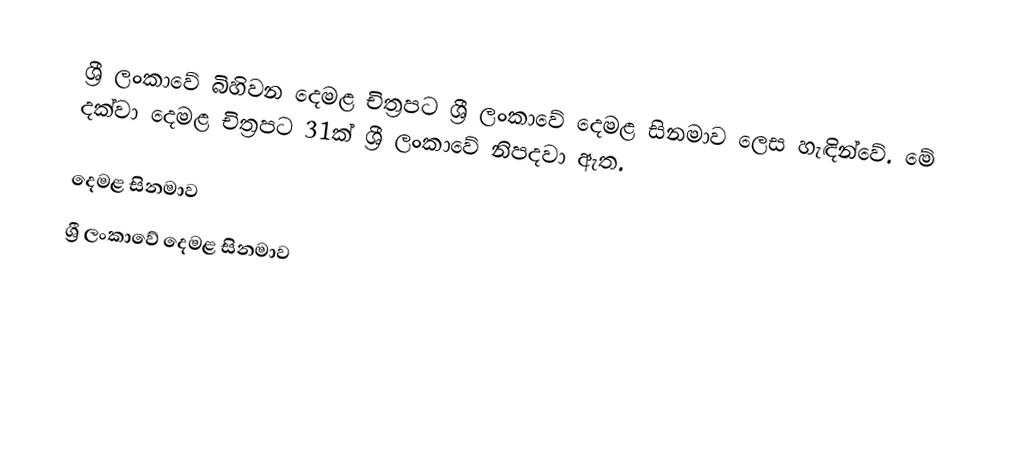
ශ්‍රී ලංකාවේ බිහිවන දෙමළ චිත්‍රපට ශ්‍රී ලංකාවේ දෙමළ සිනමාව ලෙස හැඳින්වේ. මේ දක්වා දෙමළ චිත්‍රපට 31ක් ශ්‍රී ලංකාවේ නිපදවා ඇත.

දෙමළ සිනමාව
ශ්‍රී ලංකාවේ දෙමළ සිනමාව